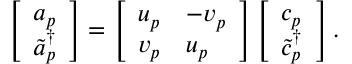
\left[ \begin{array} { l } { a _ { p } } \\ { \tilde { a } _ { p } ^ { \dagger } } \end{array} \right] = \left[ \begin{array} { l l } { u _ { p } } & { - v _ { p } } \\ { v _ { p } } & { u _ { p } } \end{array} \right] \left[ \begin{array} { l } { c _ { p } } \\ { \tilde { c } _ { p } ^ { \dagger } } \end{array} \right] .